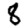
Digit: 8